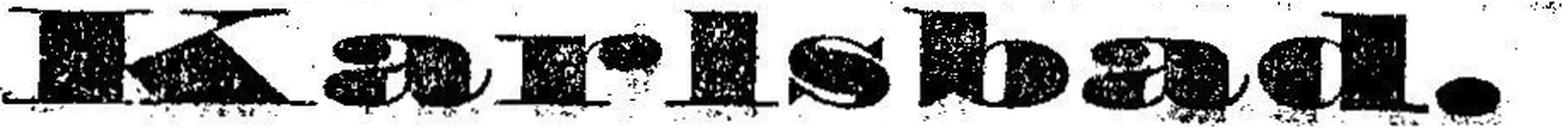
Karlsbad.